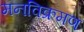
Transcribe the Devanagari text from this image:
मनविक्रमण